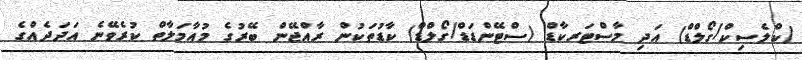
(ކްލެސިކް/ގޯލްޑް) އަދި މާސްޓަރކާޑް (ސްޓޭންޑަޑް/ގޯލްޑް) ކާޑުތަކުން ރާއްޖޭން ބޭރުގެ މުއާމަލާތް ކުރެވޭނެ އަދަދެއްގެ